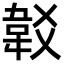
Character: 𩎔